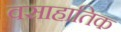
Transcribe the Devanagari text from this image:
वसाहातिक